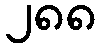
၂၈၈